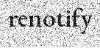
renotify